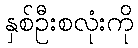
နှစ်ဦးစလုံးကို